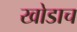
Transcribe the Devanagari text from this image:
खोडाच